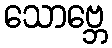
သောဗ္ဘေ